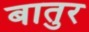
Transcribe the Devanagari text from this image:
बातुर